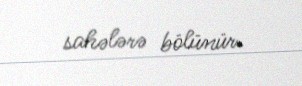
sahələrə bölünür.